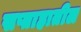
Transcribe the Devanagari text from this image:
सप्ताहातील